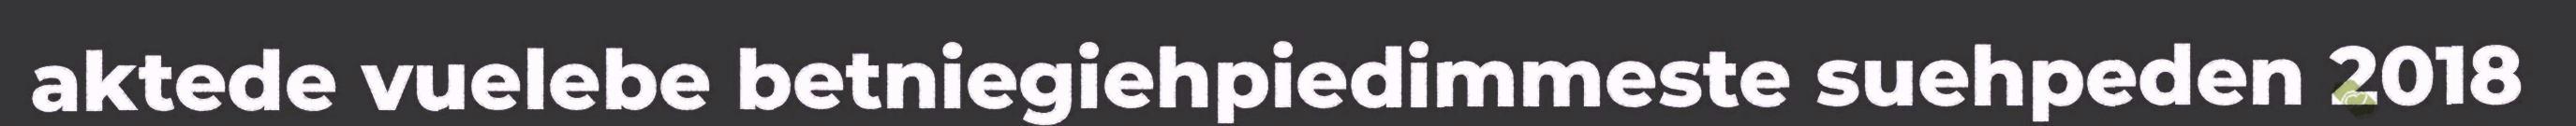
aktede vuelebe betniegiehpiedimmeste suehpeden 2018